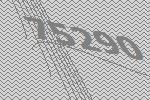
75290